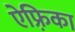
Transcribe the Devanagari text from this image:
ऐफ़्रिका